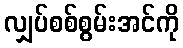
လျှပ်စစ်စွမ်းအင်ကို